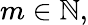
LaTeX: m\in\mathbb{N},